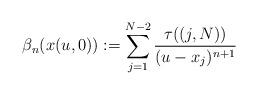
LaTeX: \begin{gather*}\beta_{n}(x(u,0)) :=\sum_{j=1}^{N-2}\frac {\tau((j,N)) }{(u-x_{j}) ^{n+1}}\end{gather*}